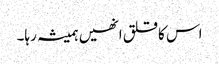
اس کا قلق انھیں ہمیشہ رہا۔